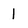
Character: 1